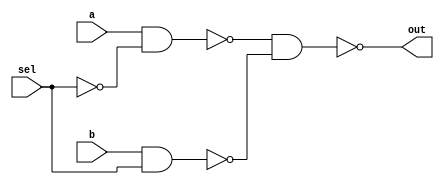
/* Mdulo MUX */
`ifndef _Mux_
`define _Mux_

module Mux (out, a, b, sel);
  input a,b,sel; 
  output out;
  wire w1,w2,w3;

  //Descrio
  nand nand0(w1,a,w3);
  nand nand1(w2,b,sel);
  nand nand2(out,w1,w2);
  not not0(w3, sel);

endmodule
`endif